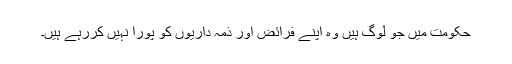
حکومت میں جو لوگ ہیں وہ اپنے فرائض اور ذمہ داریوں کو پورا نہیں کررہے ہیں۔